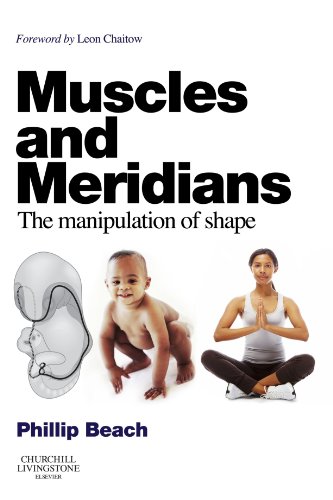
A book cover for Muscles and Meridians: The Manipulation of Shape, 1e; Phillip Beach DO  DAc  OSNZ; Health, Fitness & Dieting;